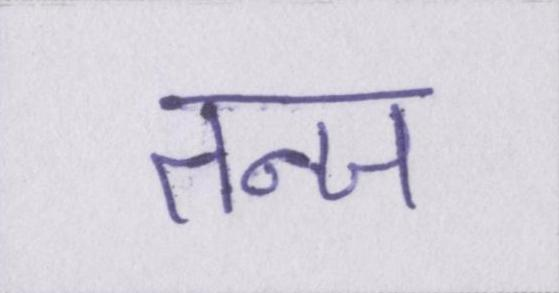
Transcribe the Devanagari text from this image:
तन्ज